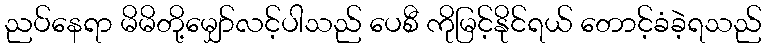
ညပ်နေရာ မိမိတို့မျှော်လင့်ပါသည် ပေစီ ကိုမြင့်နိုင်ရယ် တောင့်ခံခဲ့ရသည်